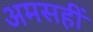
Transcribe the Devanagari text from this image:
अमसहीं